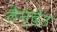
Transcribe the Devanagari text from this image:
लैन्देउ